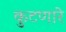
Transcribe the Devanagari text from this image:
कुटणारे